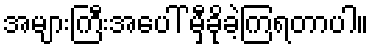
အများကြီးအပေါ် မှီခိုခဲ့ကြရတာပါ။